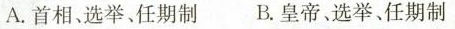
A.首相、选举。任期制 B.皇帝，选举、任期制